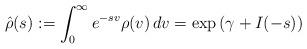
LaTeX: \begin{align*}\hat{\rho}(s) := \int_{0}^{\infty} e^{-sv}\rho(v)\, dv = \exp\left( \gamma + I(-s) \right)\end{align*}